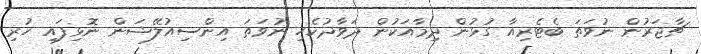
ޗާޖަރުން ނުވަތަ ބެޓެރިއާ ގުޅުން ދިމާއަކުން ދަވާދުކެހި ނުވަތަ އިންސިއުލޭޝަން ނޮޅިފައި ހުރި